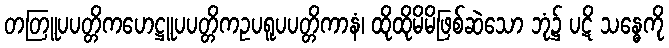
တတြူပပတ္တိကဟေဋ္ဌူပပတ္တိကဥပရူပပတ္တိကာနံ၊ ထိုထိုမိမိဖြစ်ဆဲသော ဘုံ၌ ပဋိ သန္ဓေကို